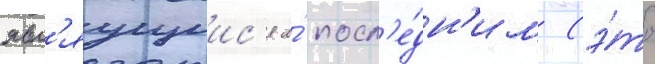
явл'яущиис'я и́ посл'е́дн'им (э́то